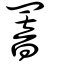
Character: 罯